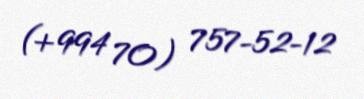
(+994 70) 757-52-12